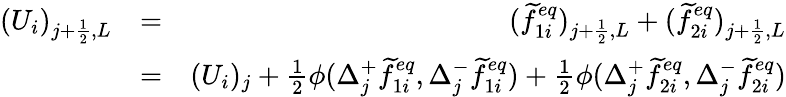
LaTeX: \begin{array}{rlr}{(U_{i})_{j+\frac{1}{2},L}}&{=}&{(\widetilde{f}_{1i}^{eq})_{j+\frac{1}{2},L}+(\widetilde{f}_{2i}^{eq})_{j+\frac{1}{2},L}}\\ &{=}&{(U_{i})_{j}+\frac{1}{2}\phi(\Delta_{j}^{+}\widetilde{f}_{1i}^{eq},\Delta_{j}^{-}\widetilde{f}_{1i}^{eq})+\frac{1}{2}\phi(\Delta_{j}^{+}\widetilde{f}_{2i}^{eq},\Delta_{j}^{-}\widetilde{f}_{2i}^{eq})}\end{array}